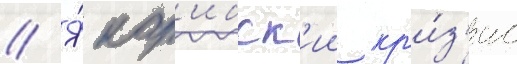
// Я́ кар'ибск'ии кр'и́з'ис